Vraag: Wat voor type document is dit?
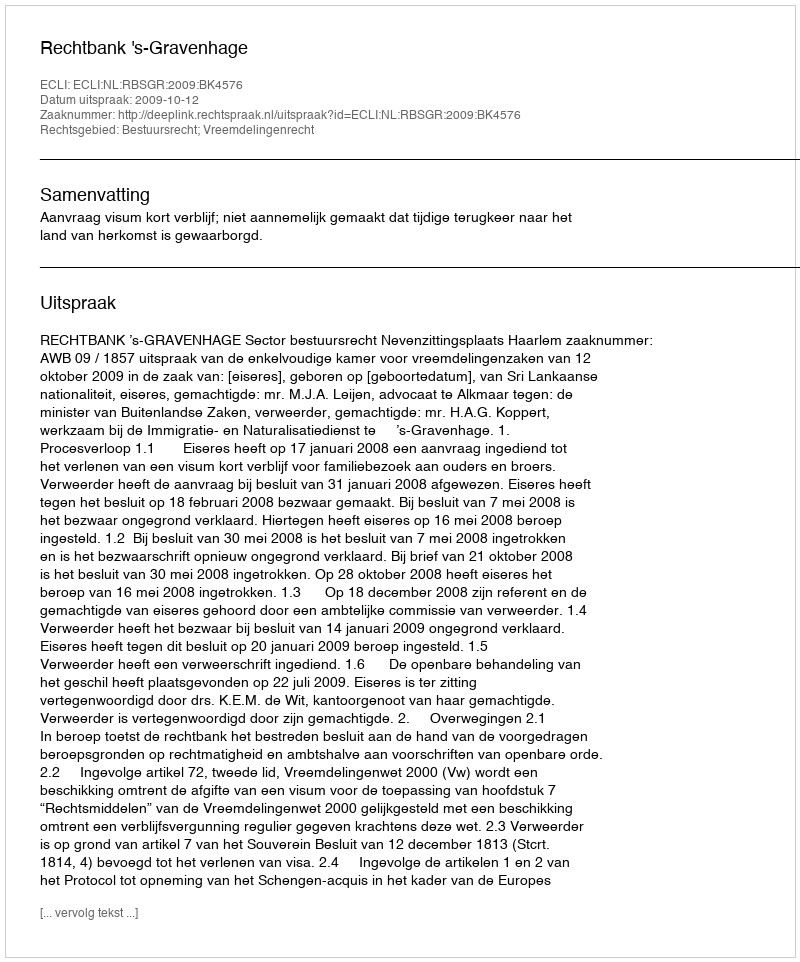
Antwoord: Uitspraak